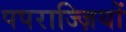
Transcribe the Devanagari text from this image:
पपराज्ज़ियों